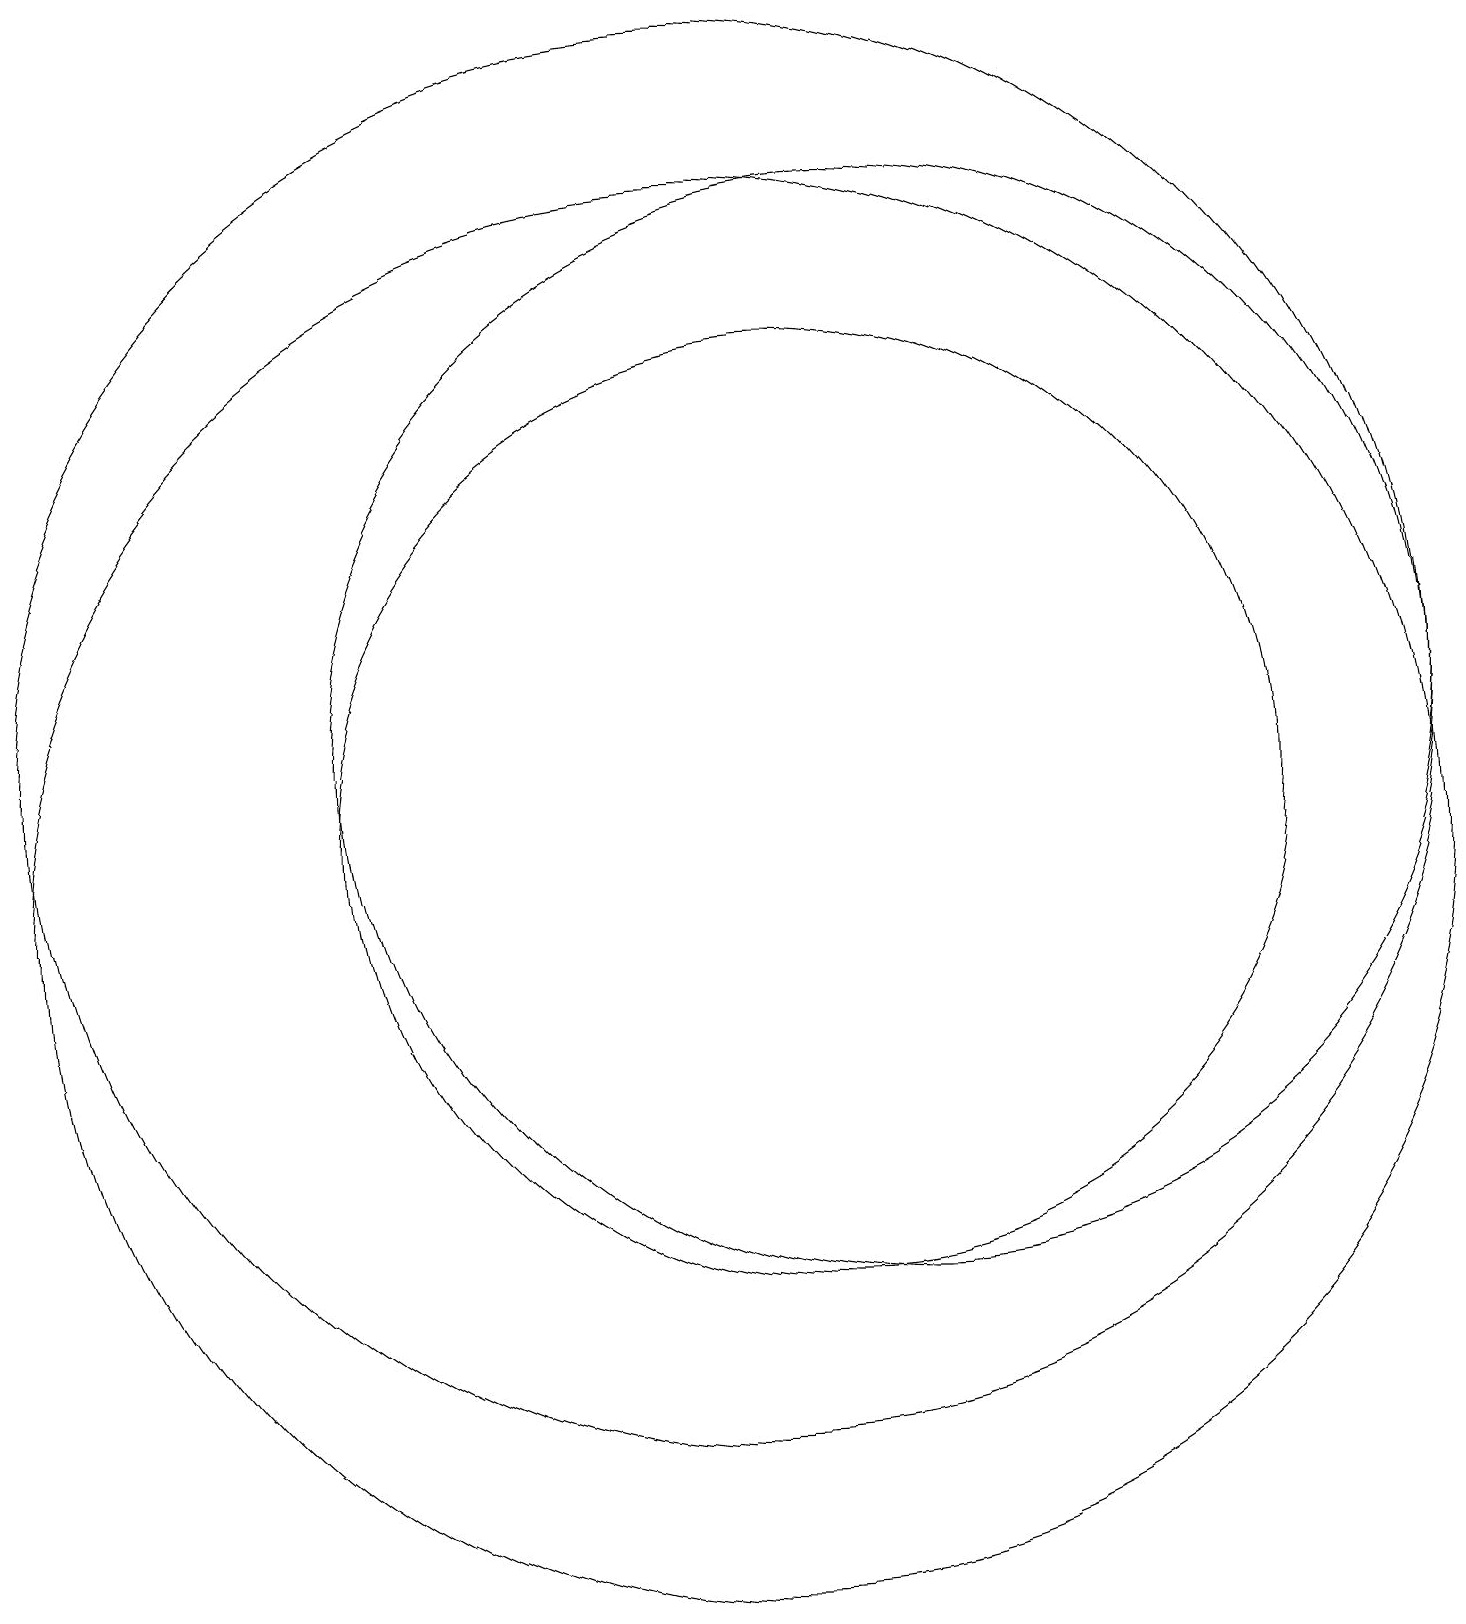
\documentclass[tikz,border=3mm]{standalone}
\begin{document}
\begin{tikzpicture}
\draw (11,11) circle (6);
\draw (12,12) circle (7);
\draw (10,10) circle (9);
\draw (10,12) circle (9);
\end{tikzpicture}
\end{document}